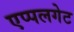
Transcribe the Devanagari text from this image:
एप्पलगेट